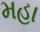
મહા